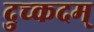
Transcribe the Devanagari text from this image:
दुच्कदम्